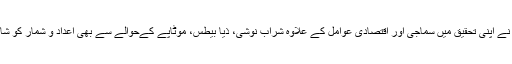
محققین نے اپنی تحقیق میں سماجی اور اقتصادی عوامل کے علاوہ شراب نوشی، ذیا بیطس، موٹاپے کےحوالے سے بھی اعداد و شمار کو شامل کیا۔